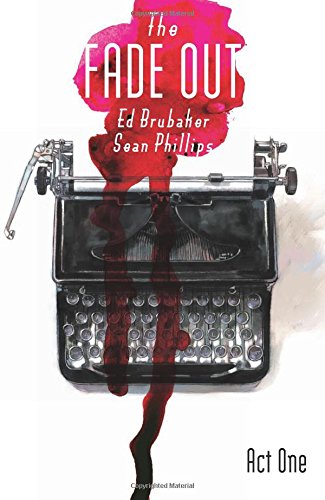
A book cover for The Fade Out Volume 1 (Fade Out Tp); Ed Brubaker; Comics & Graphic Novels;